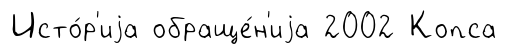
Исто́р'иjа обраще́н'иjа 2002 Копса